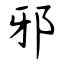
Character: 邪